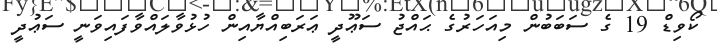
ކޯވިޑް 19 ގެ ސަބަބުން މިއަހަރުގެ ޙައްޖު ސަޢޫދީ ޢަރަބިއްޔާއިން ހުޅުވާލައްވާފައިވަނީ ސަޢުދީ